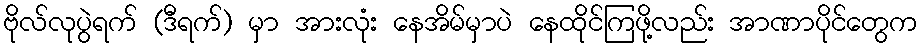
ဗိုလ်လုပွဲရက် (ဒီရက်) မှာ အားလုံး နေအိမ်မှာပဲ နေထိုင်ကြဖို့လည်း အာဏာပိုင်တွေက